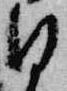
日